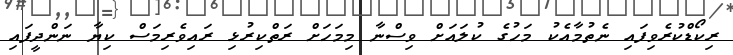
ރިކޯޑްކުރެވިފައި ނެތުމާއެކު މަހުގެ ކުލައަށް ވިސްނާ މިމަހަށް ރަތްކިރުޅި ރައިވެރިމަސް ކިޔާ ނަންދީފައި